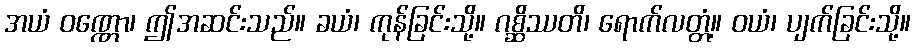
အယံ ဝဏ္ဏော၊ ဤအဆင်းသည်။ ခယံ၊ ကုန်ခြင်းသို့။ ဂစ္ဆိဿတိ၊ ရောက်လတ္တံ့။ ဝယံ၊ ပျက်ခြင်းသို့။